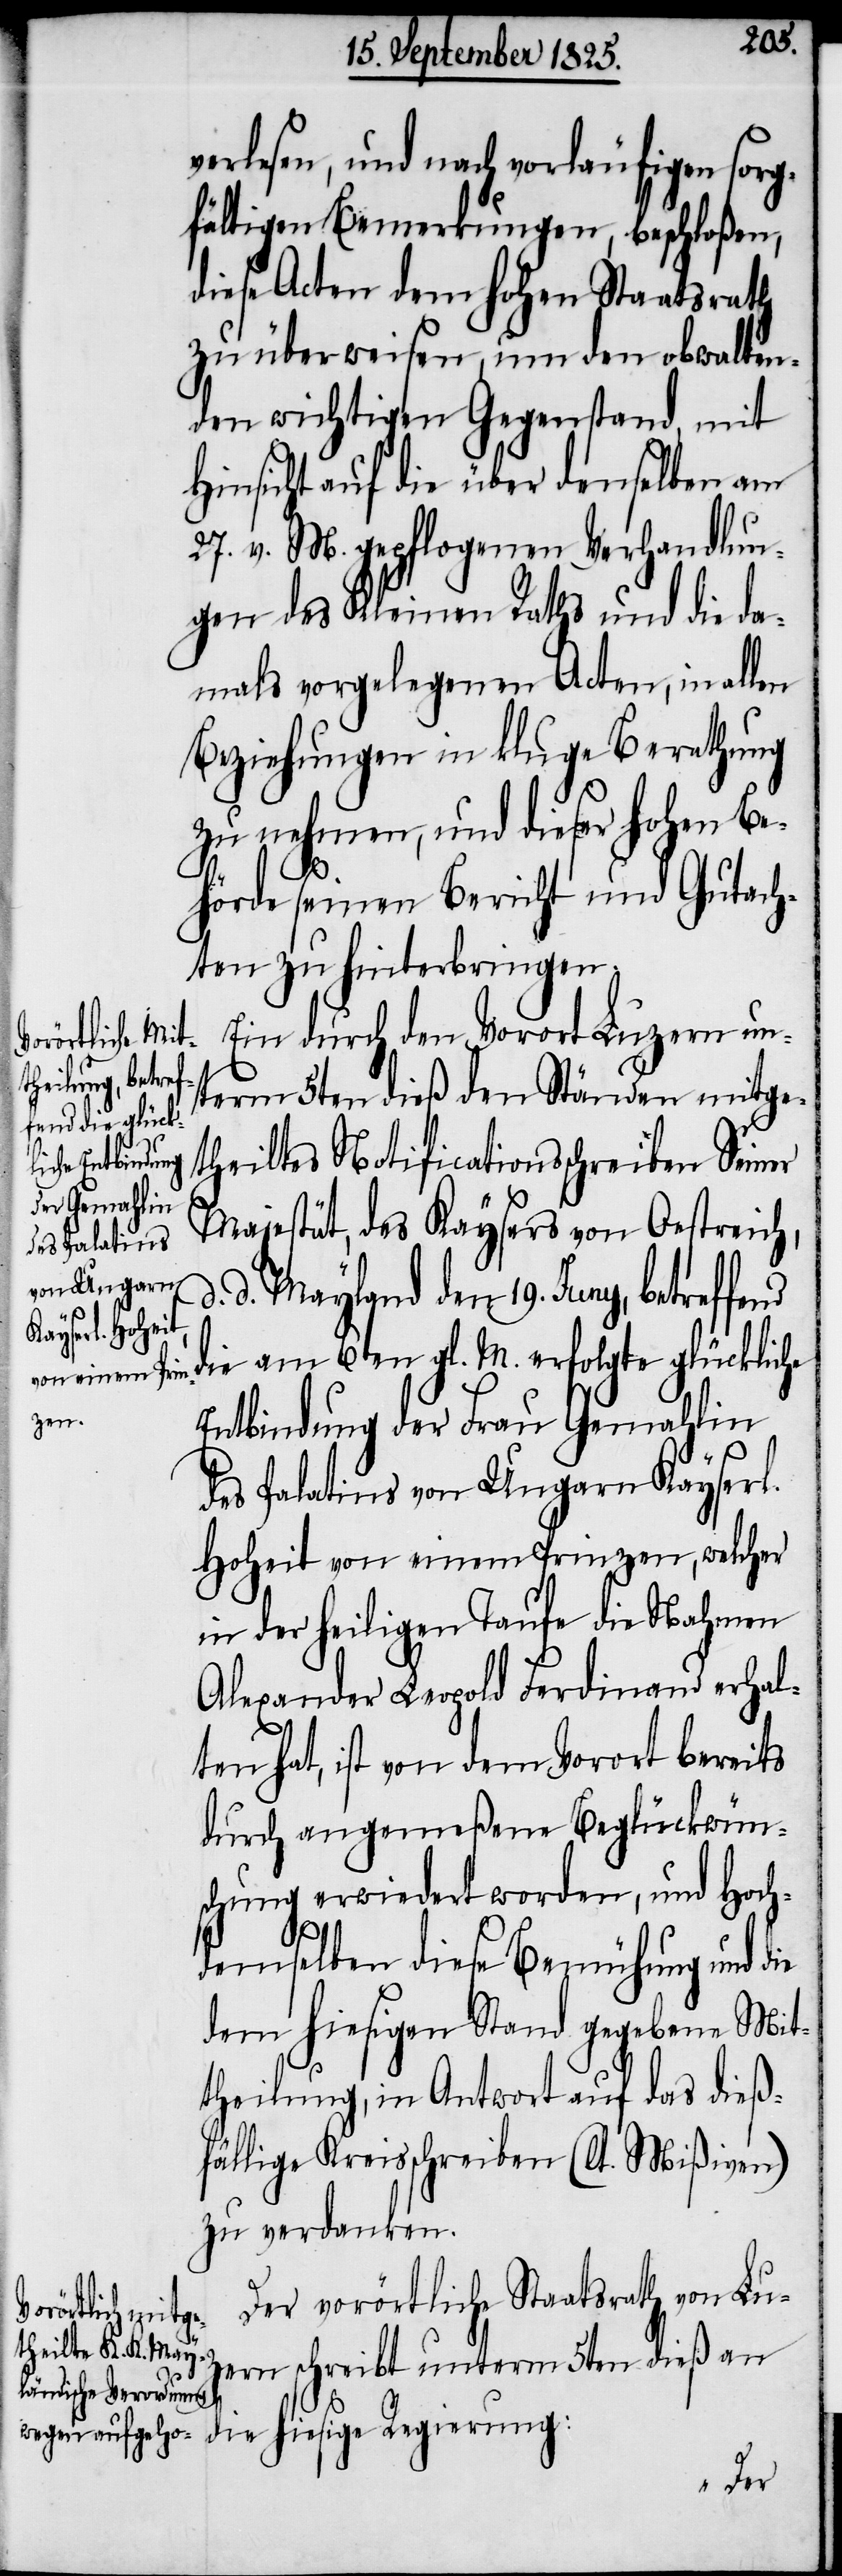
verlesen, und nach vorläufigen sorg¬
fältigen Bemerkungen, beschloßen,
diese Acten dem hohen Staatsrath
zu überweisen, um den obwalten¬
den wichtigen Gegenstand, mit
Hinsicht auf die über denselben am
27. v. M. gepflogenen Verhandlun¬
gen des Kleinen Raths und die da¬
mals vorgelegenen Acten, in allen
Beziehungen in kluge Berathung
zu nehmen, und dieser hohen Be¬
hörde seinen Berichte und Gutach¬
ten zu hinterbringen.
Ein durch den Vorort Luzern un¬
term 5ten dieß den Ständen mitge¬
theiltes Notificationsschreiben Seiner
Majestät, des Kaysers von Oestreich,
d. Mayland den 19. Juny, betreffend
die am 6ten gl. M. erfolgte glückliche
Entbindung der Frau Gemahlin
d.
des Palatins von Ungarn Kayserl.
Hoheit von einem Prinzen, welcher
in der heiligen Taufe die Nahmen
Alexander Leopold Ferdinand erhal¬
ten hat, ist von dem Vorort bereits
durch angemeßene Beglückwün¬
schung erwiedert worden, und Hoch¬
demselben diese Bemühung und die
dem hiesigen Stand gegebene Mit¬
theilung, in Antwort auf das dieß¬
fällige Kreisschreiben (lt. Mißiven)
zu verdanken.
Der vorörtliche Staatsrath von Lu¬
zern schreibt unterm 5ten dieß an
die hiesige Regierung: